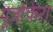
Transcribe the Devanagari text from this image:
यूज़ोफेरा